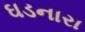
ઘડનારા